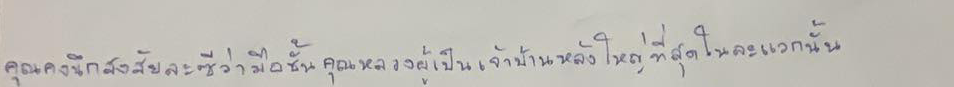
คุณคงนึกสงสัยละซีว่ามือชั้นคุณหลวงผู้เป็นเจ้าบ้านหลังใหญ่ที่สุดในละแวกนั้น